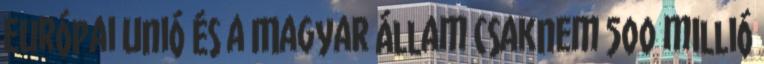
Európai Unió és a Magyar Állam csaknem 500 millió